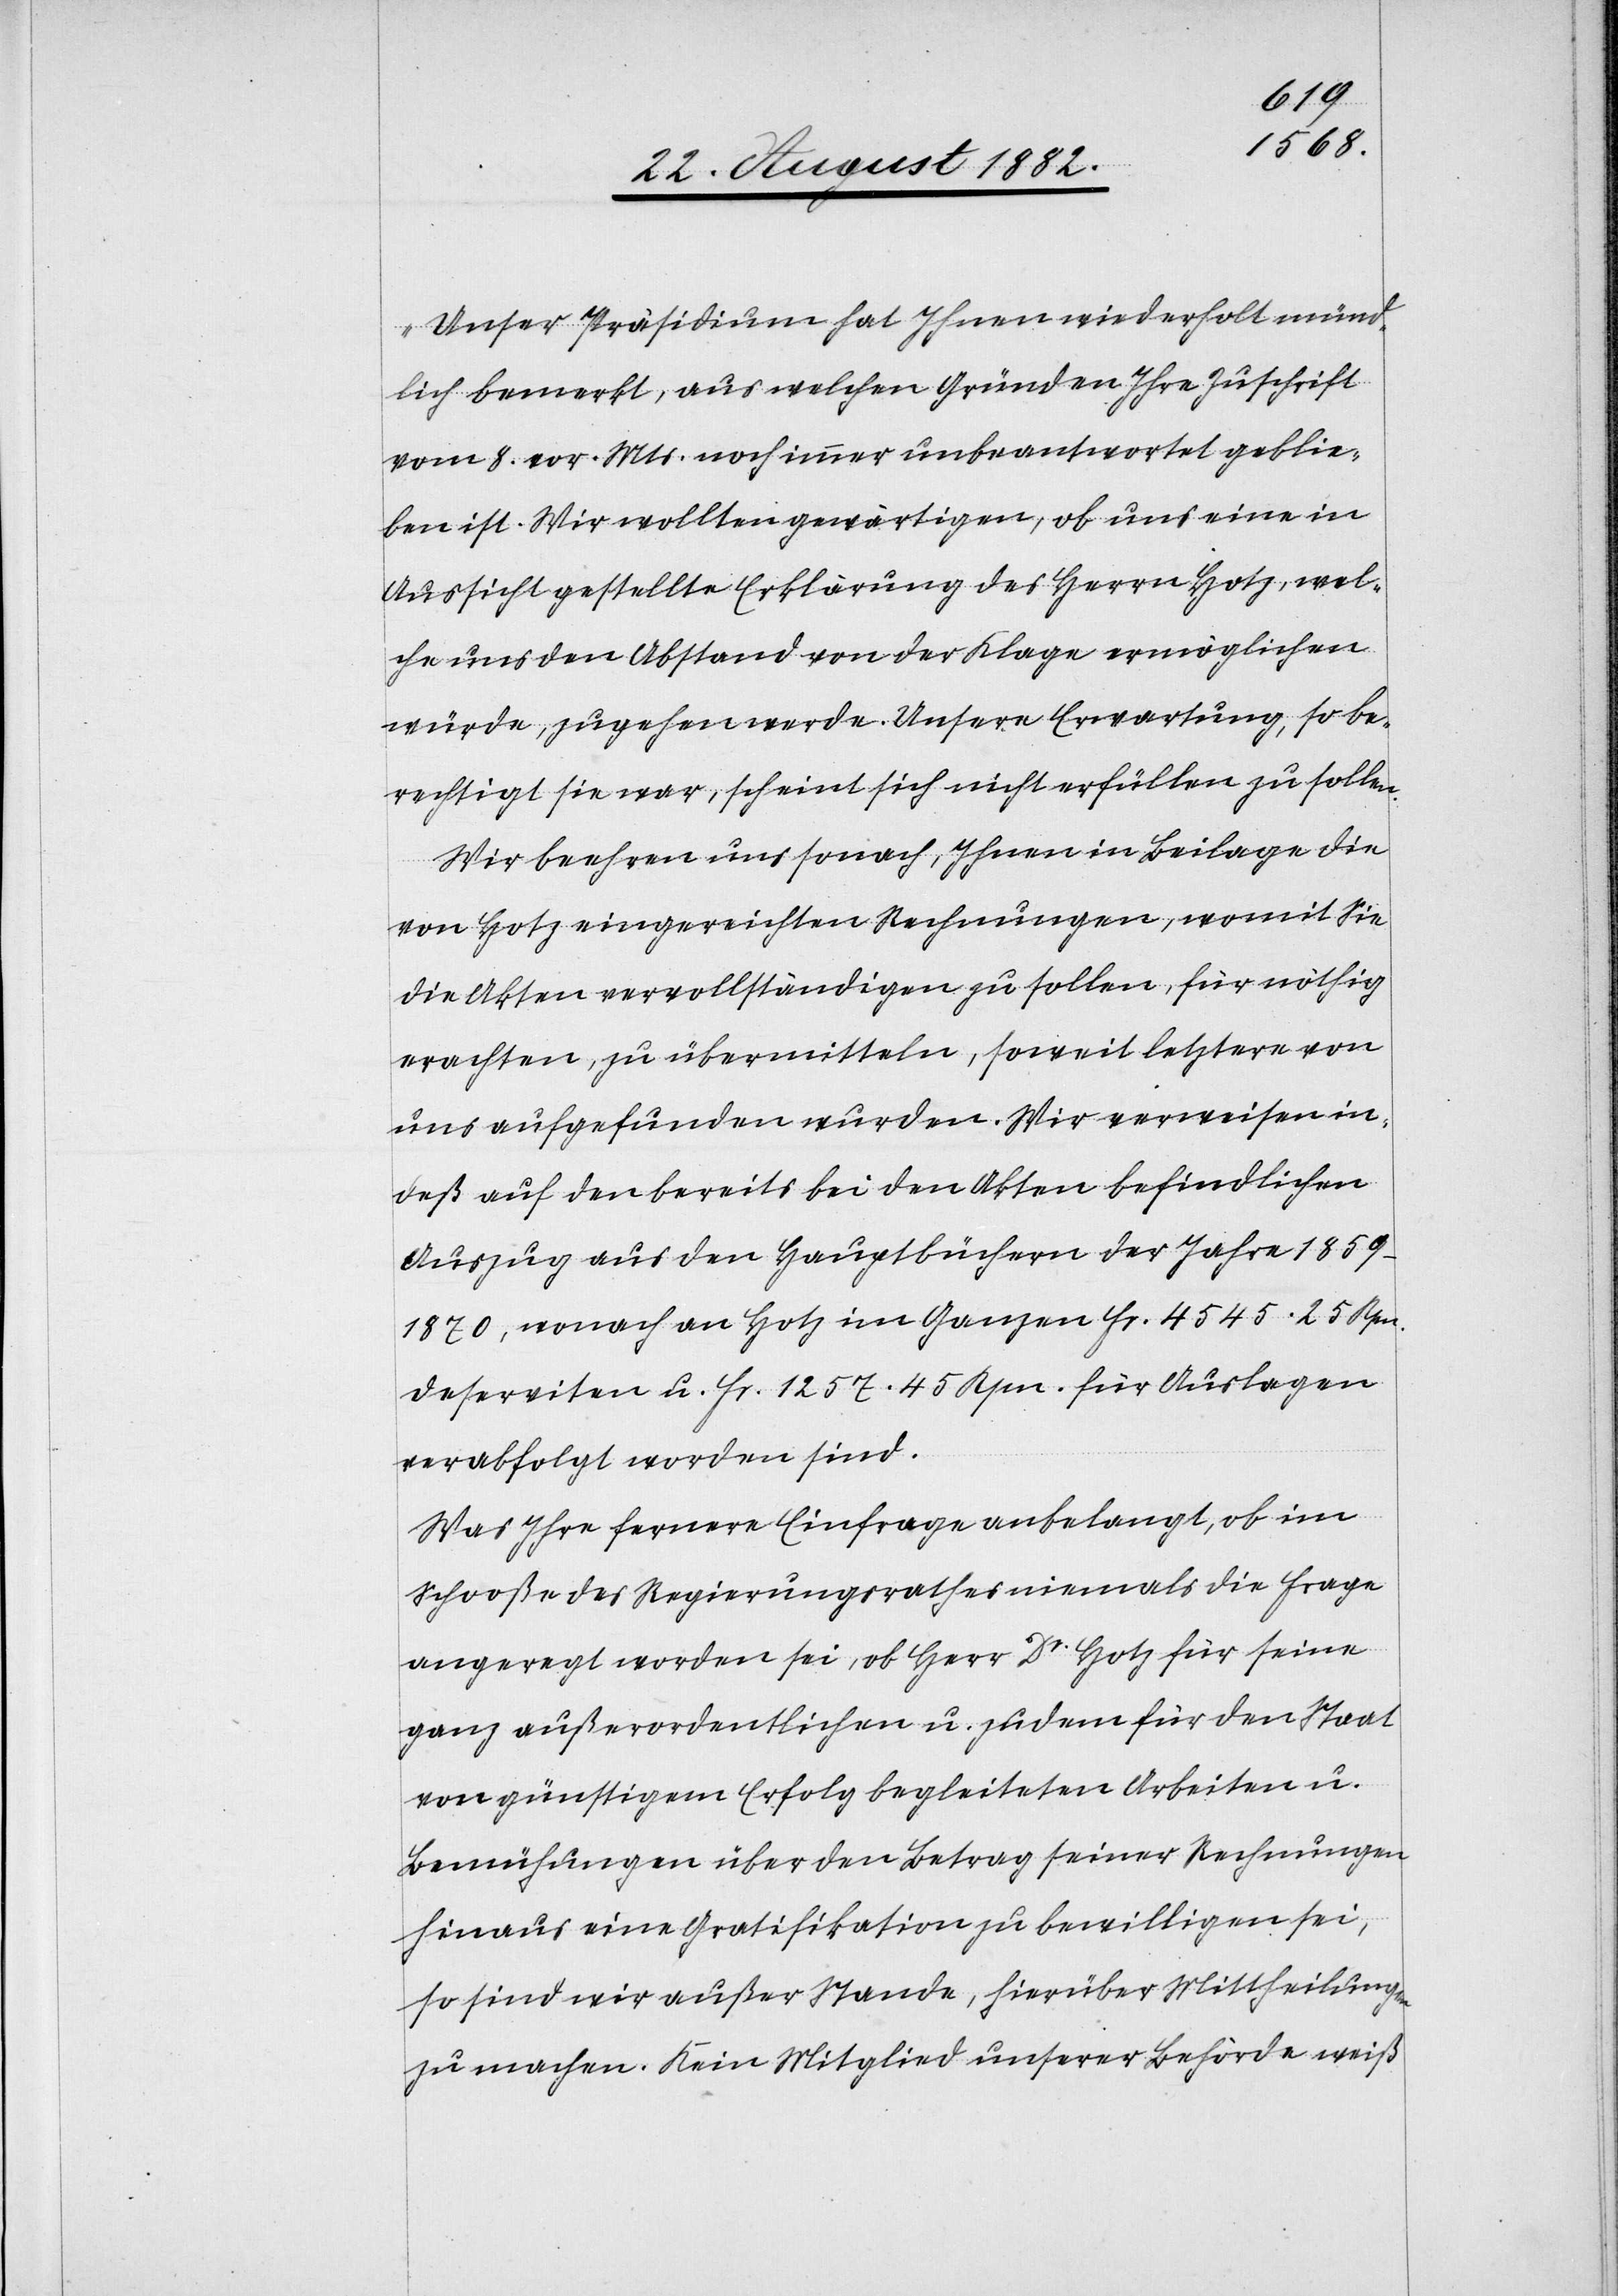
„Unser Präsidium hat Ihnen wiederholt münd¬
lich bemerkt, aus welchen Gründen Ihre Zuschrift
vom 8. vor. Mts. noch immer unbeantwortet geblie¬
ben ist. Wir wollten gewärtigen, ob uns eine in
Aussicht gestellte Erklärung des Herrn Hotz, wel¬
che uns den Abstand von der Klage ermöglichen
würde, zugehen werde. Unsere Erwartung, so be¬
rechtigt sie war, scheint sich nicht erfüllen zu sollen.
Wir beehren uns sonach, Ihnen in Beilage die
von Hotz eingereichten Rechnungen, womit Sie
die Akten vervollständigen zu sollen, für nöthig
erachten, zu übermitteln, soweit letztere von
uns aufgefunden wurden. Wir verweisen in¬
deß auf den bereits bei den Akten befindlichen
Auszug aus den Hauptbüchern der Jahre 1859–1870,
wonach an Hotz im Ganzen Fr. 4545. 25 Rpn.
Deserviten u. Fr. 1256. 45 Rpn. für Auslagen
verabfolgt worden sind.
Was Ihre fernere Einfrage anbelangt, ob im
Schooße des Regierungsrathes niemals die Frage
angeregt worden sei, ob Herr Dr Hotz für seine
ganz außerordentlichen u. zudem für den Staat
von günstigem Erfolg begleiteten Arbeiten u.
Bemühungen über den Betrag seiner Rechnungen
hinaus eine Gratifikation zu bewilligen sei,
so sind wir außer Stande, hierüber Mittheilungen
zu machen. Kein Mitglied unserer Behörde weiß